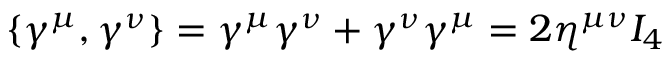
\displaystyle \{ \gamma ^ { \mu } , \gamma ^ { \nu } \} = \gamma ^ { \mu } \gamma ^ { \nu } + \gamma ^ { \nu } \gamma ^ { \mu } = 2 \eta ^ { \mu \nu } I _ { 4 }